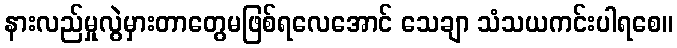
နားလည်မှုလွဲမှားတာတွေမဖြစ်ရလေအောင် သေချာ သံသယကင်းပါရစေ။